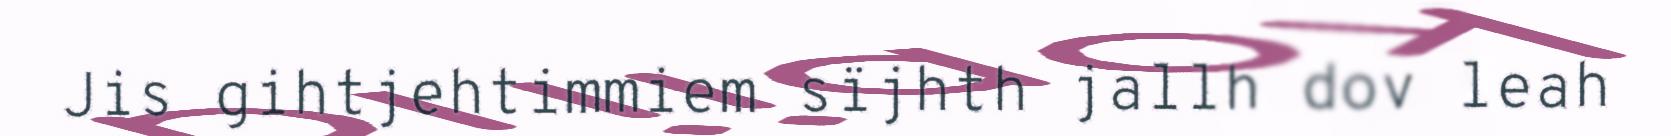
Jis gihtjehtimmiem sïjhth jallh dov leah